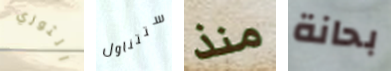
الثوري ستتناول منذ بحانة